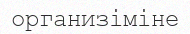
организіміне